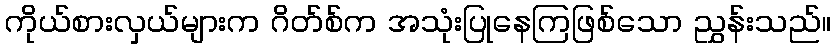
ကိုယ်စားလှယ်များက ဂိတ်စ်က အသုံးပြုနေကြဖြစ်သော ညွှန်းသည်။